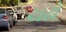
ચઢો